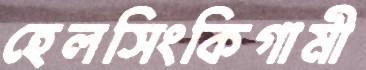
হেলসিংকিগামী